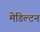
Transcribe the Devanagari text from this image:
मेडिल्टन